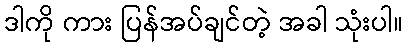
ဒါကို ကား ပြန်အပ်ချင်တဲ့ အခါ သုံးပါ။